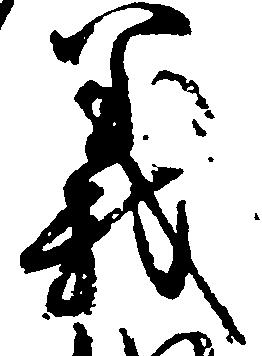
義